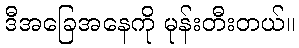
ဒီအခြေအနေကို မုန်းတီးတယ်။